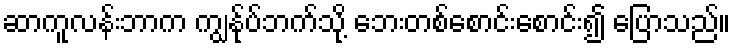
ဆာကူလန်းဘာက ကျွန်ုပ်ဘက်သို့ ဘေးတစ်စောင်းစောင်း၍ ပြောသည်။